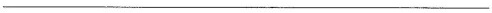
___